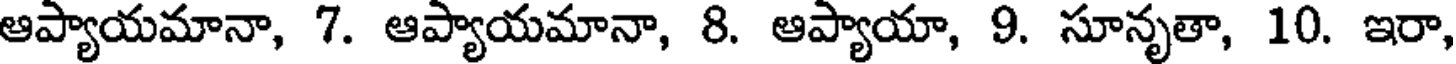
ఆప్యాయమానా, 7. ఆప్యాయమానా, 8. ఆప్యాయా, 9. సూనృతా, 10. ఇరా,